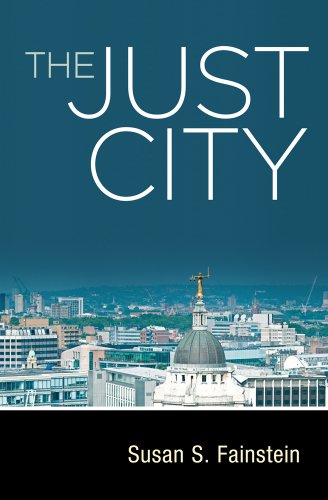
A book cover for The Just City; Susan S. Fainstein; Arts & Photography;